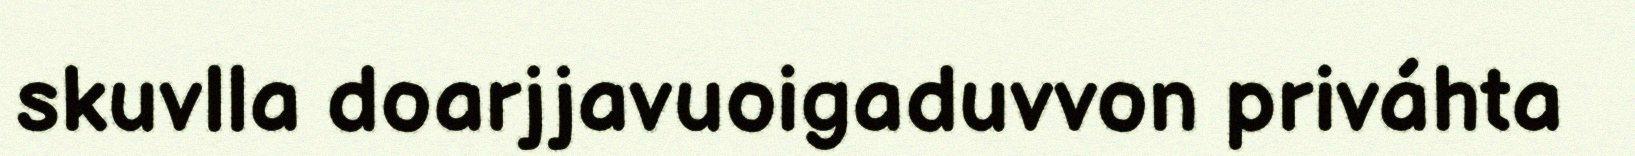
skuvlla doarjjavuoigaduvvon priváhta